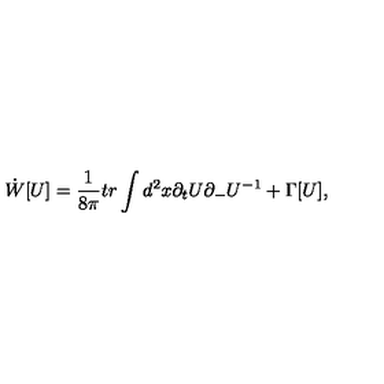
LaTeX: \dot { W } [ U ] = \frac { 1 } { 8 \pi } t r \int d ^ { 2 } x \partial _ { t } U \partial _ { - } U ^ { - 1 } + \Gamma [ U ] ,